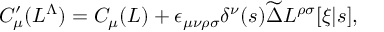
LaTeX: C _ { \mu } ^ { \prime } ( L ^ { \Lambda } ) = C _ { \mu } ( L ) + \epsilon _ { \mu \nu \rho \sigma } \delta ^ { \nu } ( s ) \widetilde \Delta L ^ { \rho \sigma } [ \xi | s ] ,